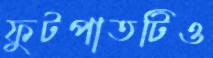
ফুটপাতটিও